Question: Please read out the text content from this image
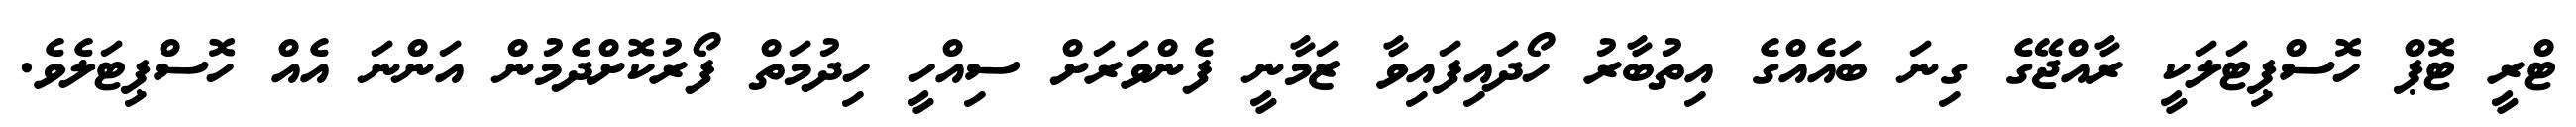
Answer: ޓްރީ ޓޮޕް ހޮސްޕިޓަލަކީ ރާއްޖޭގެ ގިނަ ބައެއްގެ އިތުބާރު ހޯދައިފައިވާ ޒަމާނީ ފެންވަރަށް ސިއްހީ ހިދުމަތް ފޯރުކޮށްދެމުން އަންނަ އެއް ހޮސްޕިޓަލެވެ.